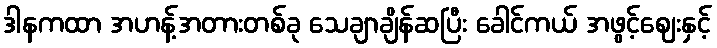
ဒါနကထာ အဟန့်အတားတစ်ခု သေချာချိန်ဆပြီး ခေါင်ကယ် အဖွင့်ဈေးနှင့်